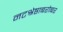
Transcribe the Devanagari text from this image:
नटश्रेष्ठाबरोबर